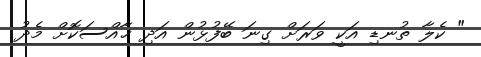
" ކެލާ ތުނޑި އަކީ ވަރަށް ގިނަ ބޭފުޅުން އަދި ޚާއްސަކޮށް މެދު